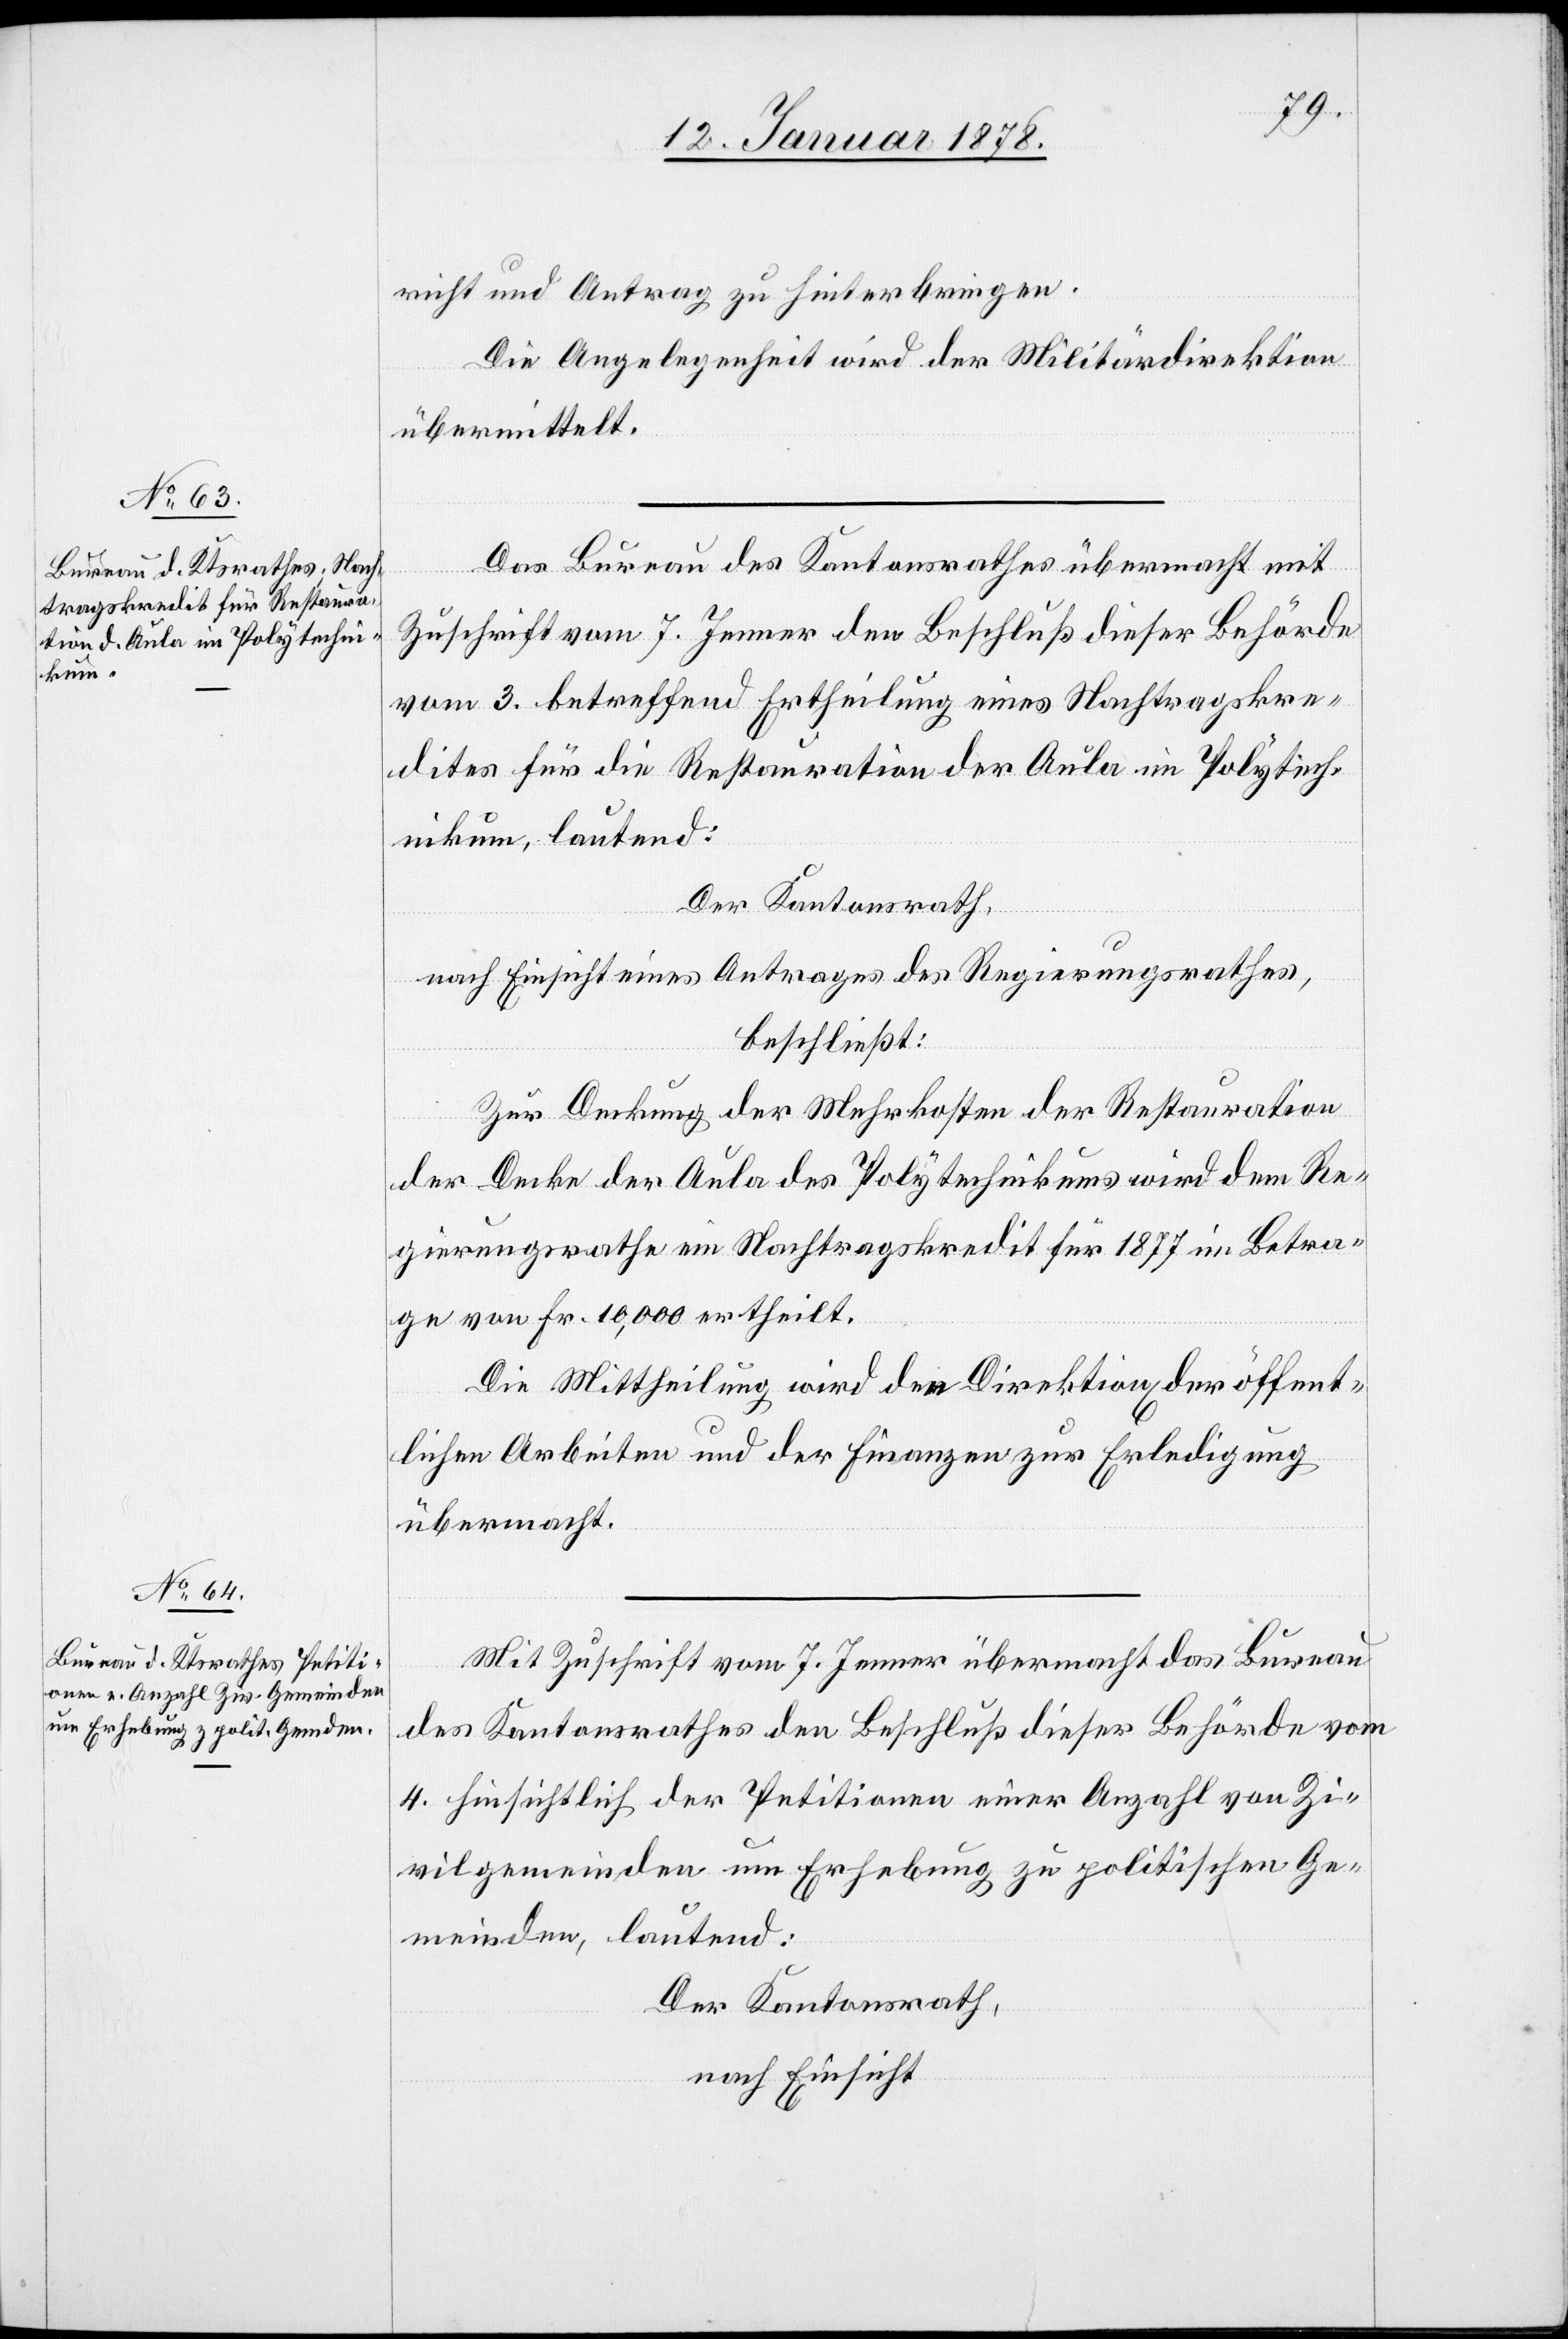
richt und Antrag zu hinterbringen.
Die Angelegenheit wird der Militärdirektion
übermittelt.
Das Bureau des Kantonsrathes übermacht mit
Zuschrift vom 7. Jenner den Beschluß dieser Behörde
vom 3. betreffend Ertheilung eines Nachtragskre¬
dites für die Restauration der Aula im Polytech¬
nikum, lautend:
Der Kantonsrath,
nach Einsicht eines Antrages des Regierungsrathes,
beschließt:
Zur Deckung der Mehrkosten der Restauration
der Decke der Aula des Polytechnikums wird dem Re¬
gierungsrathe ein Nachtragskredit für 1877 im Betra¬
ge von Fr. 10,000 ertheilt.
Die Mittheilung wird der Direktion der öffent¬
lichen Arbeiten und der Finanzen zur Erledigung
übermacht.
Mit Zuschrift vom 7. Jenner übermacht das Bureau
des Kantonsrathes den Beschluß dieser Behörde vom
4. hinsichtlich der Petitionen einer Anzahl von Zi¬
vilgemeinden um Erhebung zu politischen Ge¬
meinden, lautend:
Der Kantonsrath,
nach Einsicht